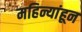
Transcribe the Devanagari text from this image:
महिन्यांहून